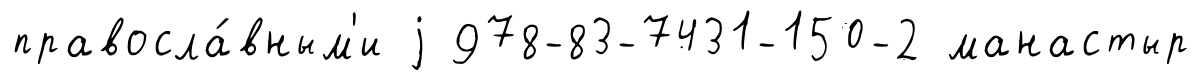
правосла́вным'и j 978-83-7431-150-2 манастыр